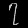
Digit: ၇